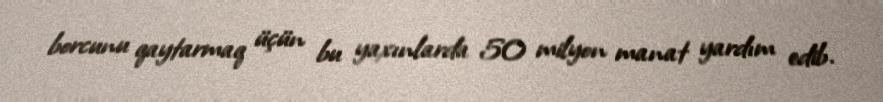
borcunu qaytarmaq üçün bu yaxınlarda 50 milyon manat yardım edib.